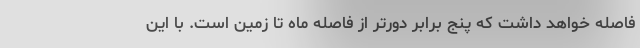
فاصله خواهد داشت که پنج برابر دورتر از فاصله ماه تا زمین است. با این